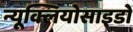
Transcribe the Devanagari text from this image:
न्यूक्लियोसाइडों